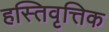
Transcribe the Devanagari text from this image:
हस्तिवृत्तिक